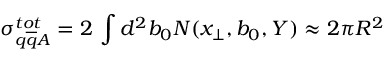
\sigma _ { q \overline { { { q } } } A } ^ { t o t } = 2 \, \int d ^ { 2 } b _ { 0 } N ( x _ { \perp } , b _ { 0 } , Y ) \approx 2 \pi R ^ { 2 }